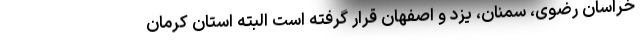
خراسان رضوی، سمنان، یزد و اصفهان قرار گرفته است البته استان کرمان